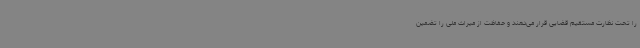
را تحت نظارت مستقیم قضایی قرار می‌دهند و حفاظت از میراث ملی را تضمین